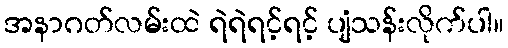
အနာဂတ်လမ်းထဲ ရဲရဲရင့်ရင့် ပျံသန်းလိုက်ပါ။